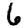
Digit: 6